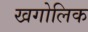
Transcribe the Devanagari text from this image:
खगोलिक